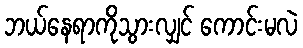
ဘယ်နေရာကိုသွားလျှင် ကောင်းမလဲ